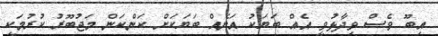
އިިބޫ ވެސް ވިދާޅުވީ އެއް ބަޔަކު އަނެއް ބަޔަކަށް ކަންކަން މަޖުބޫރު ކުރުމަކީ